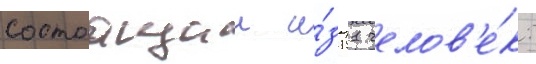
состоащии и́з 11 челов'е́к: